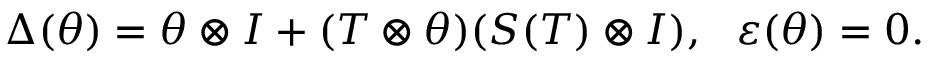
\Delta ( \theta ) = \theta \otimes I + ( T \otimes \theta ) ( S ( T ) \otimes I ) , ~ ~ \varepsilon ( \theta ) = 0 .